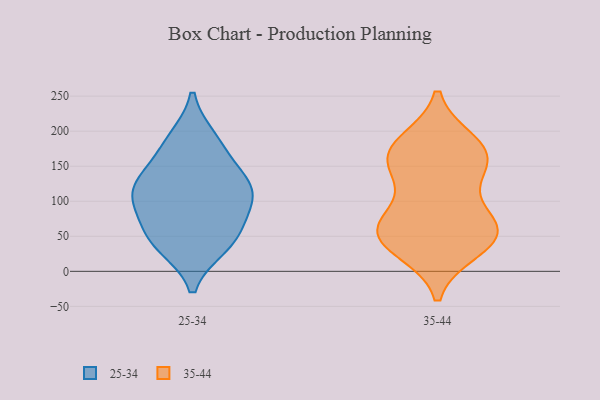
{"axis": {"x": "LTV (USD)", "y": "Value"}, "legend": ["25-34", "35-44"], "data": [{"x": "", "y": 126, "type": "25-34"}, {"x": "", "y": 104, "type": "25-34"}, {"x": "", "y": 76, "type": "25-34"}, {"x": "", "y": 135, "type": "25-34"}, {"x": "", "y": 37, "type": "25-34"}, {"x": "", "y": 188, "type": "25-34"}, {"x": "", "y": 109, "type": "25-34"}, {"x": "", "y": 178, "type": "25-34"}, {"x": "", "y": 47, "type": "25-34"}, {"x": "", "y": 113, "type": "25-34"}, {"x": "", "y": 45, "type": "25-34"}, {"x": "", "y": 77, "type": "35-44"}, {"x": "", "y": 59, "type": "35-44"}, {"x": "", "y": 157, "type": "35-44"}, {"x": "", "y": 170, "type": "35-44"}, {"x": "", "y": 57, "type": "35-44"}, {"x": "", "y": 32, "type": "35-44"}, {"x": "", "y": 61, "type": "35-44"}, {"x": "", "y": 175, "type": "35-44"}, {"x": "", "y": 57, "type": "35-44"}, {"x": "", "y": 39, "type": "35-44"}, {"x": "", "y": 131, "type": "35-44"}, {"x": "", "y": 183, "type": "35-44"}, {"x": "", "y": 156, "type": "35-44"}]}